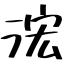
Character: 浤